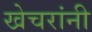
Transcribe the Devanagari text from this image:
खेचरांनी